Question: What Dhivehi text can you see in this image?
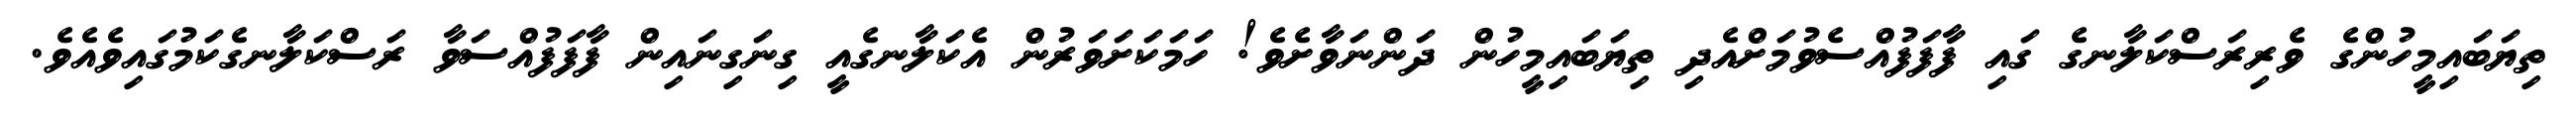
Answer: ތިޔަބައިމީހުންގެ ވެރިރަސްކަލާނގެ ގައި ފާފަފުއްސެވުމަށްއެދި ތިޔަބައިމީހުން ދަންނަވާށެވެ! ހަމަކަށަވަރުން އެކަލާނގެއީ ގިނަގިނައިން ފާފަފުއްސަވާ ރަސްކަލާނގެކަމުގައިވެއެވެ.